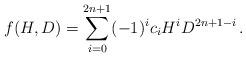
LaTeX: \begin{align*} f(H,D)=\sum_{i=0}^{2n+1}(-1)^ic_iH^iD^{2n+1-i}\,. \end{align*}